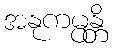
အနုကမ္ပန္တိ